Civil Veterinary Dept. Assam report 1927-50 - 1927-1950
Year: 1927
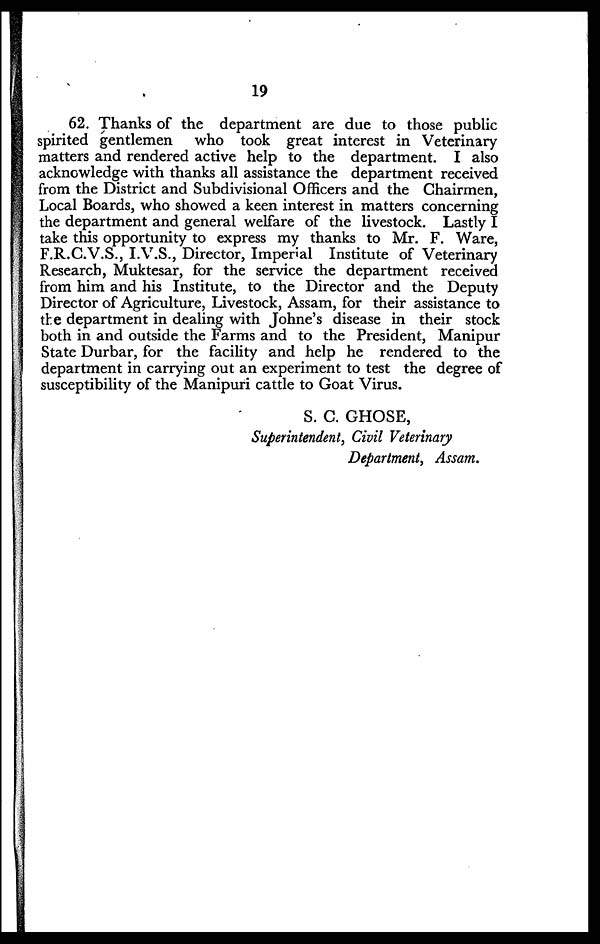
19
62. Thanks of the department are due to those public
spirited gentlemen who took great interest in Veterinary
matters and rendered active help to the department. I also
acknowledge with thanks all assistance the department received
from the District and Subdivisional Officers and the Chairmen,
Local Boards, who showed a keen interest in matters concerning
the department and general welfare of the livestock. Lastly I
take this opportunity to express my thanks to Mr. F. Ware,
F.R.C.V.S., I.V.S., Director, Imperial Institute of Veterinary
Research, Muktesar, for the service the department received
from him and his Institute, to the Director and the Deputy
Director of Agriculture, Livestock, Assam, for their assistance to
the department in dealing with Johne's disease in their stock
both in and outside the Farms and to the President, Manipur
State Durbar, for the facility and help he rendered to the
department in carrying out an experiment to test the degree of
susceptibility of the Manipuri cattle to Goat Virus.
S. C. GHOSE,
Superintendent, Civil Veterinary
Department, Assam.